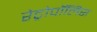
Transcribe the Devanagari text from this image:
रेट्रोपॉलिस